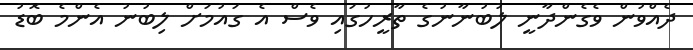
ދެއްވުން ވެގެންދާނީ ލުބުނާނުގެ ތާރީހުގައި ވެސް އެ ގައުމަށް ލިބުނު އެންމެ ބޮޑު